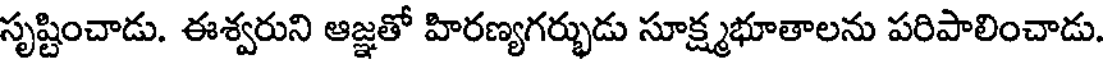
సృష్టించాడు. ఈశ్వరుని ఆజ్ఞతో హిరణ్యగర్భుడు సూక్ష్మభూతాలను పరిపాలించాడు.